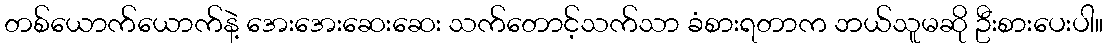
တစ်ယောက်ယောက်နဲ့ အေးအေးဆေးဆေး သက်တောင့်သက်သာ ခံစားရတာက ဘယ်သူမဆို ဦးစားပေးပါ။